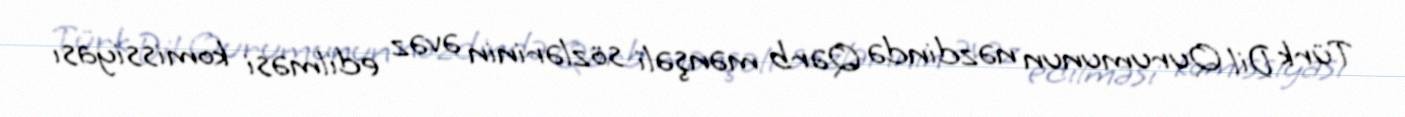
Türk Dil Qurumunun nəzdində Qərb mənşəli sözlərinin əvəz edilməsi komissiyası